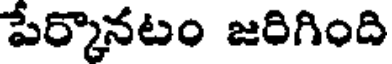
పేర్కొనటం జరిగింది